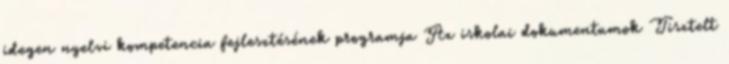
idegen nyelvi kompetencia fejlesztésének programja Az iskolai dokumentumok Tisztelt